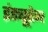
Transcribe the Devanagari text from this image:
इंड्यूरेन